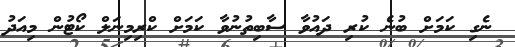
ނެގި ކަމަށް ބުނެ ކުރި ދައުވާ ސާބިތުނުވާ ކަމަށް ކްރިމިނަލް ކޯޓުން މިއަދު